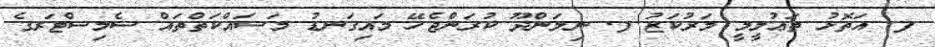
ފ. އަތޮޅު ތަޢުލީމީ މަރުކަޒު ފ. ނިލަންދޫ ކުރަންޖެހޭ މައިގަނޑު މަސައްކަތްތައް ސެމިސްޓަރގެ